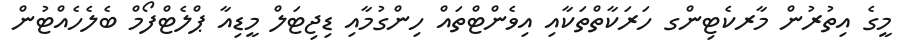
މީގެ އިތުރުން މާރކެޓިންގ ހަރަކާތްތަކާއި އިވެންޓްތައް ހިންގުމާއި ޑިޖިޓަލް މީޑިއާ ޕްލެޓްފޯމް ބެލެހެއްޓުން